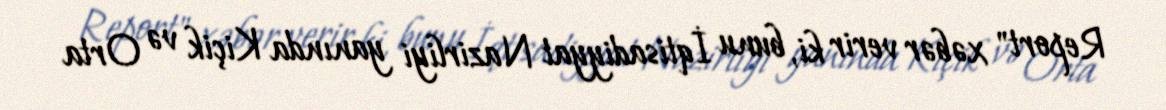
Report" xəbər verir ki, bunu İqtisadiyyat Nazirliyi yanında Kiçik və Orta